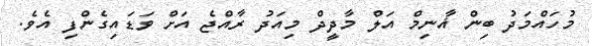
މުހައްމަދު ބިން ޣާނިމް އަލް މާދީދް މިއަދު ރާއްޖެ އަށް ވަޑައިގެންފި އެވެ.